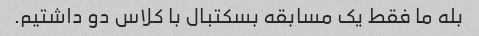
بله ما فقط یک مسابقه بسکتبال با کلاس دو داشتیم.